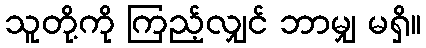
သူတို့ကို ကြည့်လျှင် ဘာမျှ မရှိ။